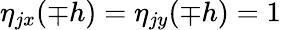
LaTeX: \eta_{jx}(\mp h)=\eta_{jy}(\mp h)=1